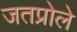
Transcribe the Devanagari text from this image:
जतप्रोले